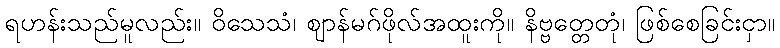
ရဟန်းသည်မူလည်း။ ဝိသေသံ၊ ဈာန်မဂ်ဖိုလ်အထူးကို။ နိဗ္ဗတ္တေတုံ၊ ဖြစ်စေခြင်းငှာ။